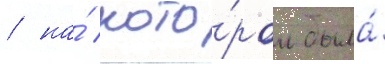
/ на́ кото́ром была́